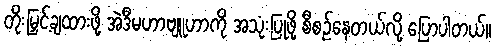
တိုးမြှင့်ချထားဖို့ အဲဒီမဟာဗျူဟာကို အသုံးပြုဖို့ စီစဉ်နေတယ်လို့ ပြောပါတယ်။